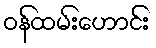
ဝန်ထမ်းဟောင်း